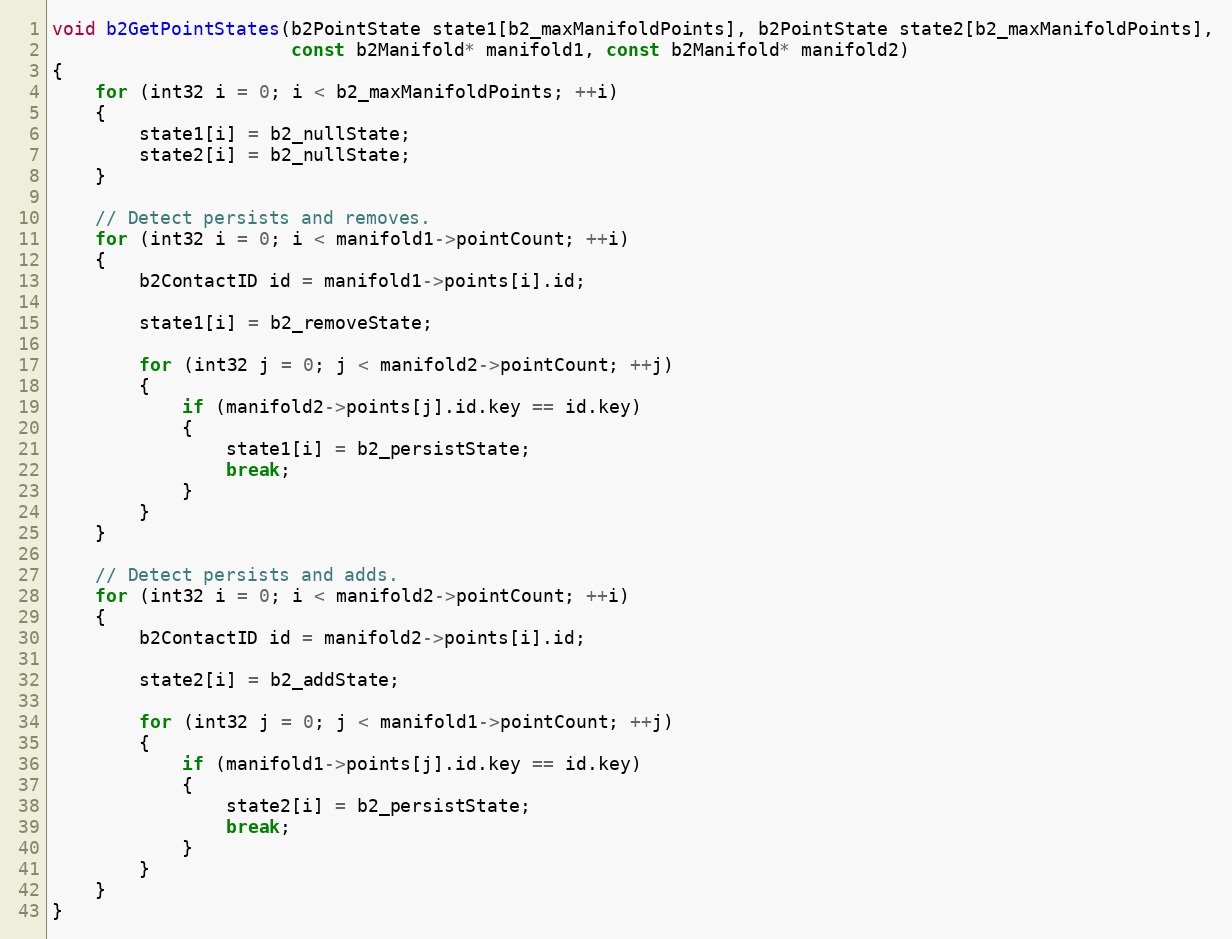
Language: C++
void b2GetPointStates(b2PointState state1[b2_maxManifoldPoints], b2PointState state2[b2_maxManifoldPoints],
					  const b2Manifold* manifold1, const b2Manifold* manifold2)
{
	for (int32 i = 0; i < b2_maxManifoldPoints; ++i)
	{
		state1[i] = b2_nullState;
		state2[i] = b2_nullState;
	}

	// Detect persists and removes.
	for (int32 i = 0; i < manifold1->pointCount; ++i)
	{
		b2ContactID id = manifold1->points[i].id;

		state1[i] = b2_removeState;

		for (int32 j = 0; j < manifold2->pointCount; ++j)
		{
			if (manifold2->points[j].id.key == id.key)
			{
				state1[i] = b2_persistState;
				break;
			}
		}
	}

	// Detect persists and adds.
	for (int32 i = 0; i < manifold2->pointCount; ++i)
	{
		b2ContactID id = manifold2->points[i].id;

		state2[i] = b2_addState;

		for (int32 j = 0; j < manifold1->pointCount; ++j)
		{
			if (manifold1->points[j].id.key == id.key)
			{
				state2[i] = b2_persistState;
				break;
			}
		}
	}
}